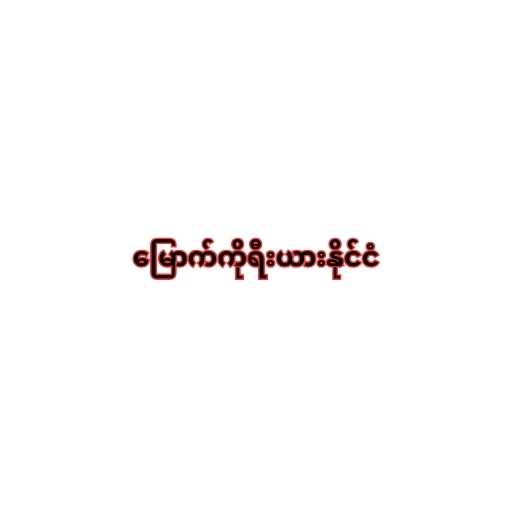
မြောက်ကိုရီးယားနိုင်ငံ